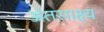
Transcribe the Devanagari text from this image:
अंतसाक्ष्य